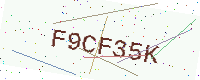
Text: F9CF35K